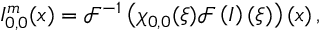
I _ { 0 , 0 } ^ { m } ( \boldsymbol { x } ) = \mathcal { F } ^ { - 1 } \left( \chi _ { 0 , 0 } ( \boldsymbol { \xi } ) \mathcal { F } \left( I \right) ( \boldsymbol { \xi } ) \right) ( \boldsymbol { x } ) \, ,